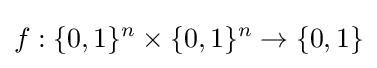
f:\{0,1\}^{n}\times \{0,1\}^{n}\rightarrow \{0,1\}